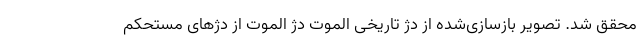
محقق شد. تصویر بازسازی‌شده از دژ تاریخی الموت دژ الموت از دژهای مستحکم